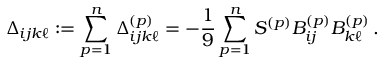
\Delta _ { i j k \ell } : = \sum _ { p = 1 } ^ { n } \Delta _ { i j k \ell } ^ { ( p ) } = - \frac { 1 } { 9 } \sum _ { p = 1 } ^ { n } S ^ { ( p ) } B _ { i j } ^ { ( p ) } B _ { k \ell } ^ { ( p ) } \, .